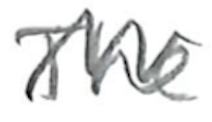
Text: The
Cross-out: zig-zag
Writing tool: pencil